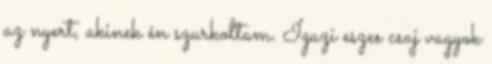
az nyert, akinek én szurkoltam. Igazi eszes csaj vagyok